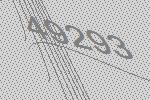
49293